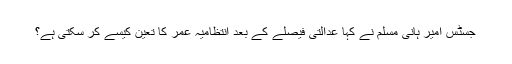
جسٹس امیر ہانی مسلم نے کہا عدالتی فیصلے کے بعد انتظامیہ عمر کا تعین کیسے کر سکتی ہے؟